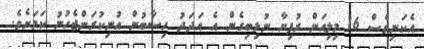
އެކަނިވެސް 16 މިލިއަން ރުފިޔާ ނުލިބިގެން އެ އަދަދު ހިސާބުން އުނިކުރަންޖެހުނު ކަމަށެވެ.